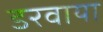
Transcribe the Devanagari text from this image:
डरवाया